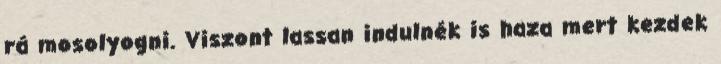
rá mosolyogni. Viszont lassan indulnék is haza mert kezdek